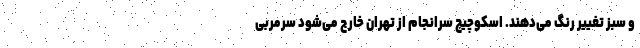
و سبز تغییر رنگ می‌دهند. اسکوچیچ سرانجام از تهران خارج می‌شود سرمربی